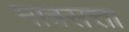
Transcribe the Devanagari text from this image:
मात्रसत्ता